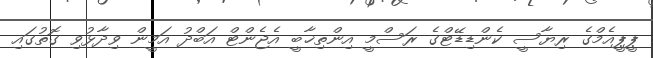
ޕީޕީއެމްގެ ރިޔާސީ ކެންޑިޑޭޓްގެ ރަސްމީ އިންތިޚާބީ އެޖެންޓް އަބްދު އަމީން ވިދާޅުވި ގޮތުގައި